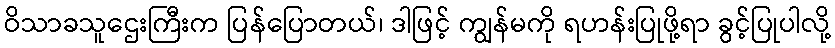
ဝိသာခသူဌေးကြီးက ပြန်ပြောတယ်၊ ဒါဖြင့် ကျွန်မကို ရဟန်းပြုဖို့ရာ ခွင့်ပြုပါလို့